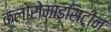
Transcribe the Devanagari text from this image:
क्लोरोमाइसिटीन